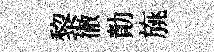
黎徹勣旐